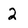
Character: 2